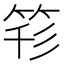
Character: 𥭇